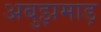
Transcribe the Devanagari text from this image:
अबुझमाड़